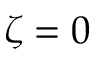
\zeta = 0